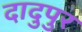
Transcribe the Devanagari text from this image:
दादुपुर